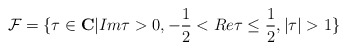
\begin{align*}{\cal F}=\{\tau\in {\bf C} | Im\tau>0,-\frac{1}{2}<Re\tau\leq\frac{1}{2},|\tau|>1\}\end{align*}